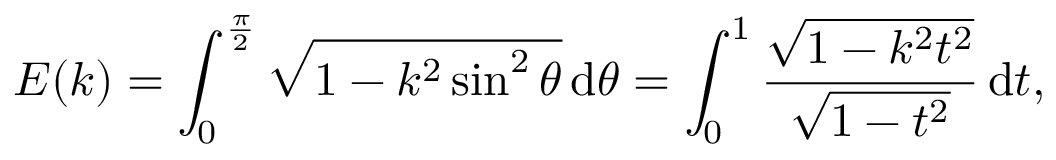
E ( k ) = \int _ { 0 } ^ { \frac { \pi } { 2 } } { \sqrt { 1 - k ^ { 2 } \sin ^ { 2 } \theta } } \, \mathrm { d } \theta = \int _ { 0 } ^ { 1 } { \frac { \sqrt { 1 - k ^ { 2 } t ^ { 2 } } } { \sqrt { 1 - t ^ { 2 } } } } \, \mathrm { d } t ,